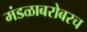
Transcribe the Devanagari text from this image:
मंडळाबरोबरच